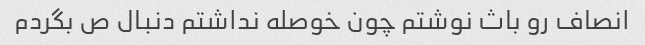
انصاف رو باث نوشتم چون خوصله نداشتم دنبال ص بگردم